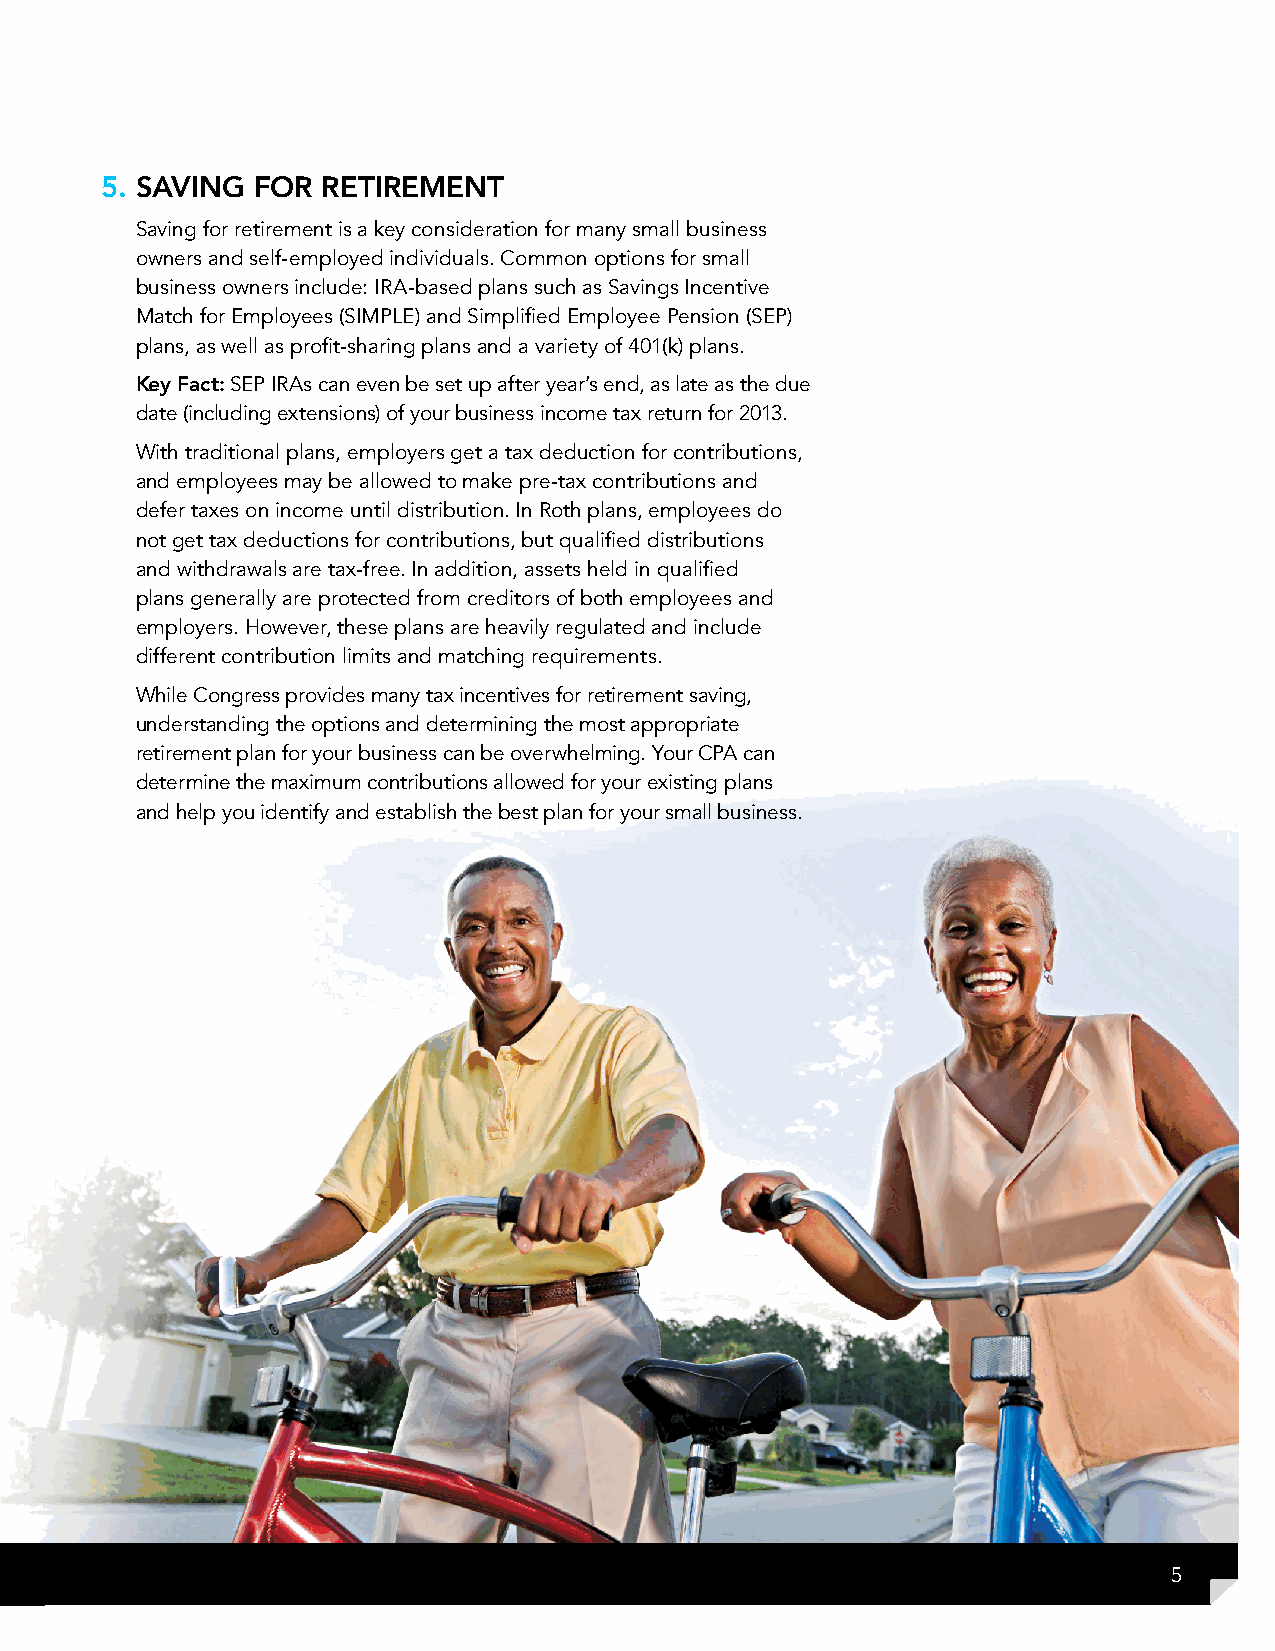
5. sAVinG FOR ReTiReMenT
 Saving for retirement is a key consideration for many small business
 owners and self-employed individuals. Common options for small
 business owners include: IRA-based plans such as Savings Incentive
 Match for Employees (SIMPLE) and Simplified Employee Pension (SEP)
 plans, as well as profit-sharing plans and a variety of 401(k) plans.
 Key Fact: SEP IRAs can even be set up after year’s end, as late as the due
 date (including extensions) of your business income tax return for 2013.
 With traditional plans, employers get a tax deduction for contributions,
 and employees may be allowed to make pre-tax contributions and
 defer taxes on income until distribution. In Roth plans, employees do
 not get tax deductions for contributions, but qualified distributions
 and withdrawals are tax-free. In addition, assets held in qualified
 plans generally are protected from creditors of both employees and
 employers. However, these plans are heavily regulated and include
 different contribution limits and matching requirements.
 While Congress provides many tax incentives for retirement saving,
 understanding the options and determining the most appropriate
 retirement plan for your business can be overwhelming. Your CPA can
 determine the maximum contributions allowed for your existing plans
 and help you identify and establish the best plan for your small business.
 5